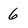
Character: 6